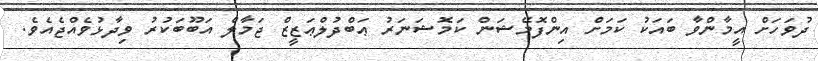
ދުވަހަށް އީމާންވާ ބައަކު ކަމަށް އިންފޮމޭޝަން ކަމޮޝަނަރު ޢަބްދުލްޢަޒީޒް ޖަމާލް އަބޫބަކުރު ވިދާޅުވެއްޖެއެވެ.